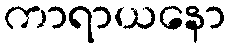
ကာရာယနော